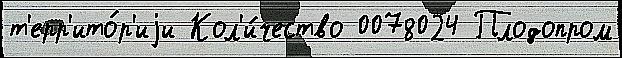
т'ерр'ито́р'иjи Кол'и́чество 0078024 Плодопром